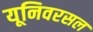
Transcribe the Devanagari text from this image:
यूनिवरसल